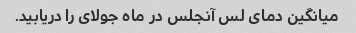
میانگین دمای لس آنجلس در ماه جولای را دریابید.